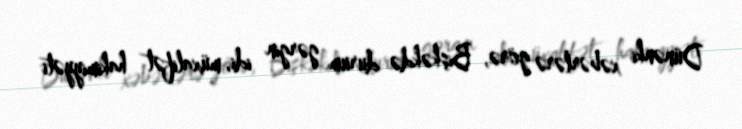
Dünənki xəbərlərə görə, Bişkəkdə durum gərgin idi, müxalifət hakimiyyəti